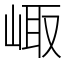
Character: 𡸨